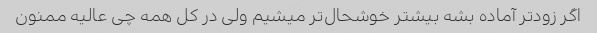
اگر زودتر آماده بشه بیشتر خوشحال‌تر میشیم ولی در کل همه چی عالیه ممنون